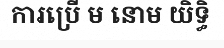
ការប្រើ ម នោម យិទ្ធិ